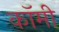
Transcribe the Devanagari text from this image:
कॉमी